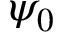
\psi _ { 0 }